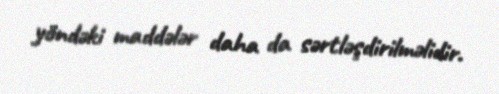
yöndəki maddələr daha da sərtləşdirilməlidir.